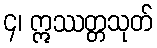
၄၊ ဣဿတ္တသုတ်